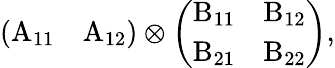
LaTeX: \left(\begin{array}{ll}{\mathrm{A_{11}}}&{\mathrm{A_{12}}}\end{array}\right)\otimes\left(\begin{array}{ll}{\mathrm{B_{11}}}&{\mathrm{B_{12}}}\\ {\mathrm{B_{21}}}&{\mathrm{B_{22}}}\end{array}\right),